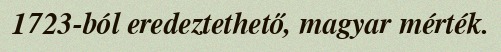
1723-ból eredeztethető, magyar mérték.